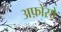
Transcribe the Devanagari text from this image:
अफ़ोंसो